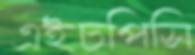
এইচপিসি